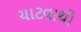
ચાટવાથી